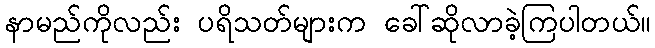
နာမည်ကိုလည်း ပရိသတ်များက ခေါ်ဆိုလာခဲ့ကြပါတယ်။